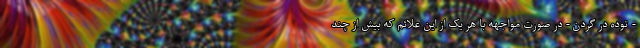
- توده در گردن - در صورت مواجهه با هر یک از این علائم که بیش از چند